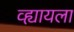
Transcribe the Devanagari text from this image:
व्ह्यायला